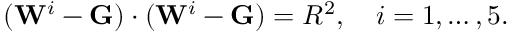
( \mathbf { W } ^ { i } - \mathbf { G } ) \cdot ( \mathbf { W } ^ { i } - \mathbf { G } ) = R ^ { 2 } , \quad i = 1 , \ldots , 5 .